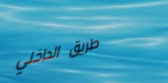
طريق الداخلي